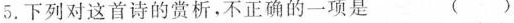
5.下列对这首诗的赏析，不正确的一项是 ( )